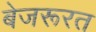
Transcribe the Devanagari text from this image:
बेजरूरत